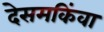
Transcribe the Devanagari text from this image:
देसमकिंवा